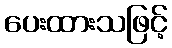
ပေးထားသဖြင့်